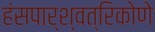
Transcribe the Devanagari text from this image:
हंसपार्श्वत्रिकोणे